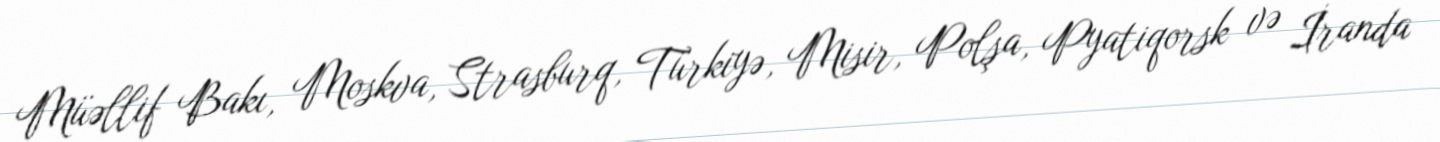
Müəllif Bakı, Moskva, Strasburq, Türkiyə, Misir, Polşa, Pyatiqorsk və İranda